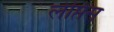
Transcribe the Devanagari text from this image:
लेप्तिस